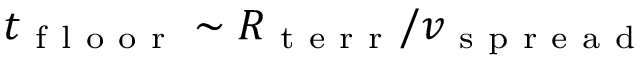
t _ { \mathrm { ~ f ~ l ~ o ~ o ~ r ~ } } \sim R _ { \mathrm { ~ t ~ e ~ r ~ r ~ } } / v _ { \mathrm { ~ s ~ p ~ r ~ e ~ a ~ d ~ } }